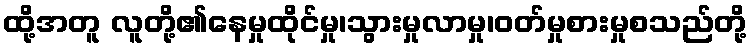
ထို့အတူ လူတို့၏နေမှုထိုင်မှု၊သွားမှုလာမှု၊ဝတ်မှုစားမှုစသည်တို့